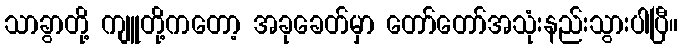
သာခွာတို့ ကျူတို့ကတော့ အခုခေတ်မှာ တော်တော်အသုံးနည်းသွားပါပြီ။